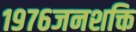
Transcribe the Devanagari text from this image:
१९७६जनशक्ति